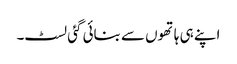
اپنے ہی ہاتھوں سے بنائی گئی لسٹ۔